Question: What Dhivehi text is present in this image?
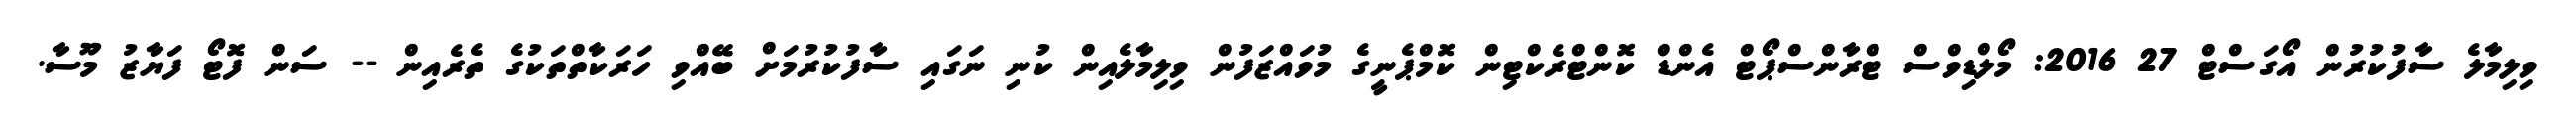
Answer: ވިލިމާލެ ސާފުކުރުން އޯގަސްޓް 27 2016: މޯލްޑިވްސް ޓްރާންސްޕޯޓް އެންޑް ކޮންޓްރެކްޓިން ކޮމްޕެނީގެ މުވައްޒަފުން ވިލިމާލެއިން ކުނި ނަގައި ސާފުކުރުމަށް ބޭއްވި ހަރަކާތްތަކުގެ ތެރެއިން -- ސަން ފޮޓޯ ފަޔާޒު މޫސާ.